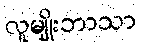
လူမျိုးဘာသာ